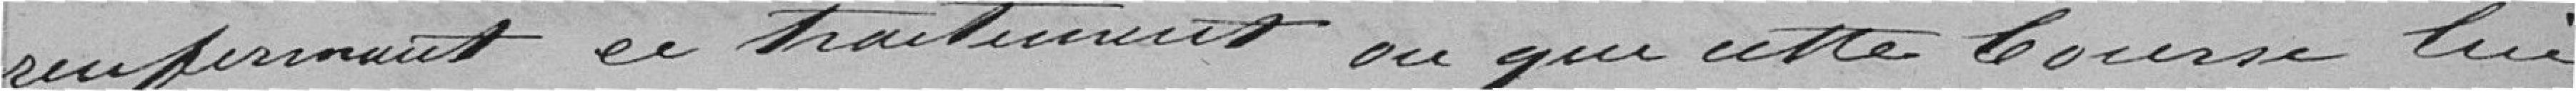
renfermant ce traitement ou que cette bourse lui